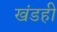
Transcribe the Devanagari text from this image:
खंडही